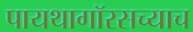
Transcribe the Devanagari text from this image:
पायथागॉरसच्याच